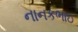
નાનકભાઇ